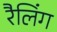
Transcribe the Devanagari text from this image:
रैलिंग